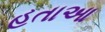
હતાઆ